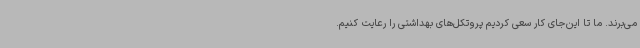
می‌برند. ما تا این‌جای کار سعی کردیم پروتکل‌های بهداشتی را رعایت کنیم.